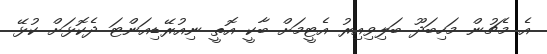
އެ މެޗުން މަހިބަދޫ ބަލިވިއިރު އެޓީމަށް ބާކީ އޮތީ ނިއުރޭޑިއަންޓަ ދެކޮޅަށް ކުޅޭ